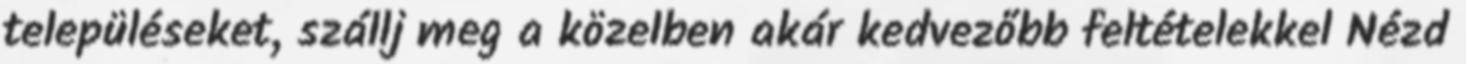
településeket, szállj meg a közelben akár kedvezőbb feltételekkel Nézd